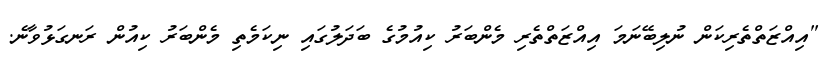
"އިއްޒަތްތެރިކަން ނުލިބޭނަމަ އިއްޒަތްތެރި މެންބަރު ކިއުމުގެ ބަދަލުގައި ނިކަމެތި މެންބަރު ކިއުން ރަނގަޅުވާނެ.